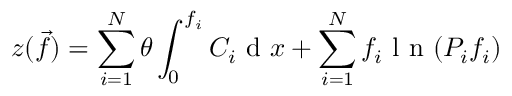
z ( \vec { f } ) = \sum _ { i = 1 } ^ { N } \theta \int _ { 0 } ^ { f _ { i } } { C _ { i } } \mathrm { ~ d ~ } x + \sum _ { i = 1 } ^ { N } f _ { i } \mathrm { ~ l ~ n ~ } ( P _ { i } f _ { i } )